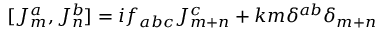
[ J _ { m } ^ { a } , J _ { n } ^ { b } ] = i f _ { a b c } J _ { m + n } ^ { c } + k m { \delta } ^ { a b } { \delta } _ { m + n }